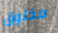
مخلوق